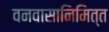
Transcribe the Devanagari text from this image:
वनवासानिमित्त